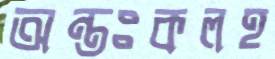
অন্তঃকলহ